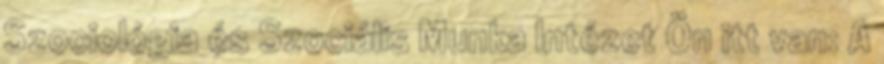
Szociológia és Szociális Munka Intézet Ön itt van: A